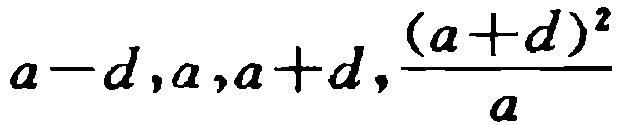
\(a - d,a,a + d,\frac{(a + d)^2}{a}\)